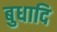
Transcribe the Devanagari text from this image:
बुधादि